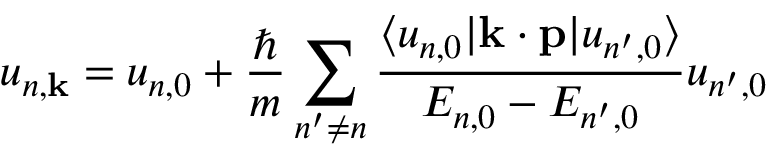
u _ { n , \mathbf { k } } = u _ { n , 0 } + { \frac { \hbar } { m } } \sum _ { n ^ { \prime } \neq n } { \frac { \langle u _ { n , 0 } | \mathbf { k } \cdot \mathbf { p } | u _ { n ^ { \prime } , 0 } \rangle } { E _ { n , 0 } - E _ { n ^ { \prime } , 0 } } } u _ { n ^ { \prime } , 0 }